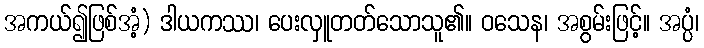
အကယ်၍ဖြစ်အံ့) ဒါယကဿ၊ ပေးလှူတတ်သောသူ၏။ ဝသေန၊ အစွမ်းဖြင့်။ အပ္ပံ၊